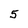
Character: 5